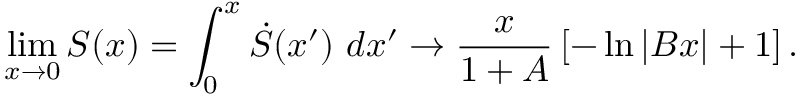
\operatorname* { l i m } _ { x \rightarrow 0 } S ( x ) = \int _ { 0 } ^ { x } \dot { S } ( x ^ { \prime } ) ~ d x ^ { \prime } \rightarrow \frac { x } { 1 + A } \left[ - \ln | B x | + 1 \right] .